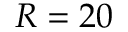
R = 2 0